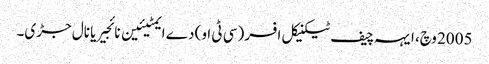
2005 وچ، ایہہ چیف ٹیکنیکل افسر (سی ٹی او) دے ایمٹیئین نائجیریا نال جڑی۔